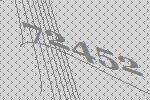
72452